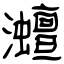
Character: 灗